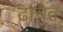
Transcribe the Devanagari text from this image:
ढाचेत